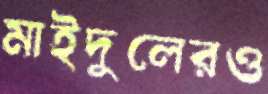
মাইদুলেরও